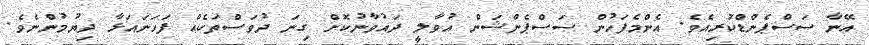
އޭނާ ސަސްޕެންޑްކުރިއެވެ. އެންމެފަހުން ސަސްޕެންޝަން އުވާލީ ދައުވާނުކޮށް ގިނަ ދުވަސްތަކެއް ފަހަނައަޅާ ދިޔުމުންނެވެ.